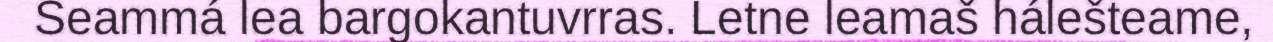
Seammá lea bargokantuvrras. Letne leamaš hálešteame,